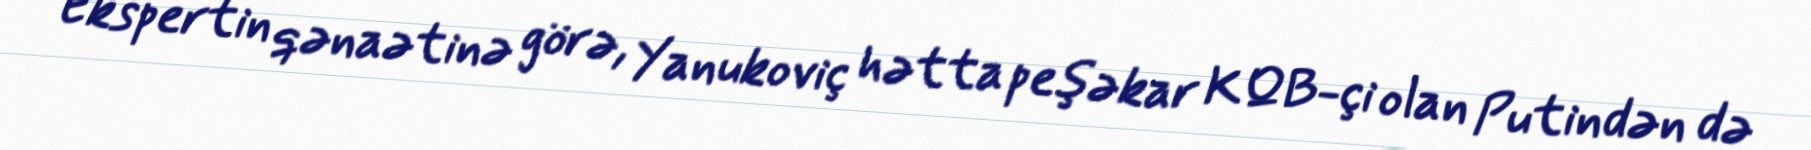
Ekspertin qənaətinə görə, Yanukoviç hətta peşəkar KQB-çi olan Putindən də